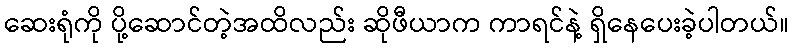
ဆေးရုံကို ပို့ဆောင်တဲ့အထိလည်း ဆိုဖီယာက ကာရင်နဲ့ ရှိနေပေးခဲ့ပါတယ်။